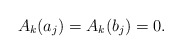
\begin{align*} A_k(a_j)=A_k(b_j)=0. \end{align*}